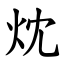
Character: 㶩